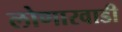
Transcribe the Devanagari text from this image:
लोणारवाडी